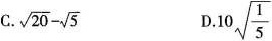
C. $$\sqrt{20}- \sqrt{5}$$ D.10 \sqrt{ \frac{1}{5}}